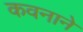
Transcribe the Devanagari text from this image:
कवनाने